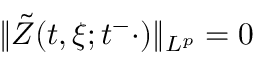
\| \tilde { Z } ( t , \xi ; t ^ { - } \cdot ) \| _ { L ^ { p } } = 0